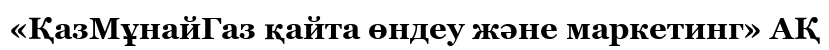
«ҚазМұнайГаз қайта өндеу және маркетинг» АҚ